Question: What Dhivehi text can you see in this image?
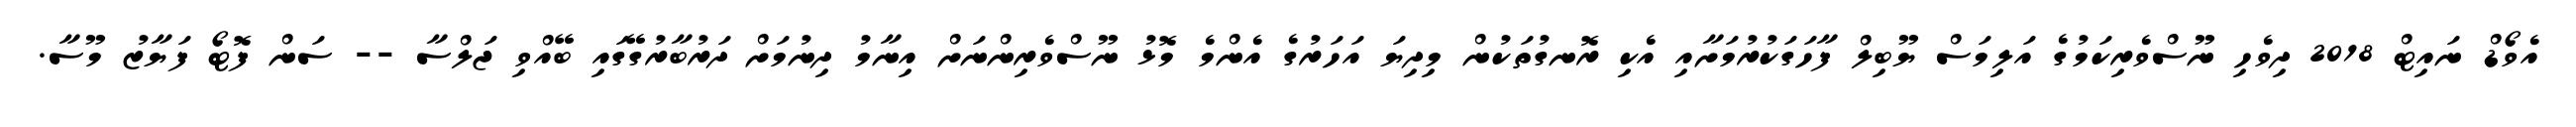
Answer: އެވޯޑް ނައިޓް 2018 ދިވެހި ނޫސްވެރިކަމުގެ އަލިމަސް ޔޫބިލް ފާހަގަކުރުމަށާއި އެކި ރޮނގުތަކުން މިދިޔަ އަހަރުގެ އެންމެ މޮޅު ނޫސްވެރިންނަށް އިނާމު ދިނުމަށް ދަރުބާރުގޭގައި ބޭއްވި ޖަލްސާ -- ސަން ފޮޓޯ ފަޔާޒު މޫސާ.